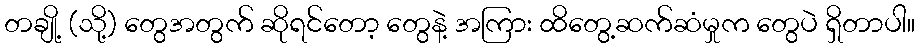
တချို့ (သို့) တွေအတွက် ဆိုရင်တော့ တွေနဲ့ အကြား ထိတွေ့ဆက်ဆံမှုက တွေပဲ ရှိတာပါ။